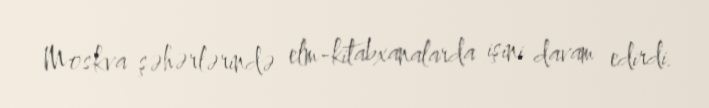
Moskva şəhərlərində elm-kitabxanalarda işini davam edirdi.